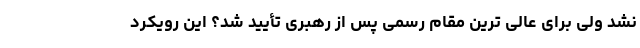
نشد ولی برای عالی ترین مقام رسمی پس از رهبری تأیید شد؟ این رویکرد